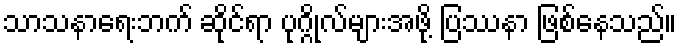
သာသနာရေးဘက် ဆိုင်ရာ ပုဂ္ဂိုလ်များအဖို့ ပြဿနာ ဖြစ်နေသည်။